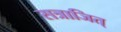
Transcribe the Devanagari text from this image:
सत्राजित्